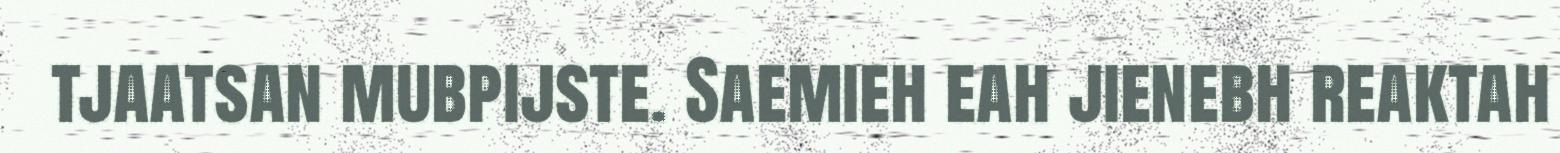
tjaatsan mubpijste. Saemieh eah jienebh reaktah